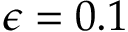
\epsilon = 0 . 1